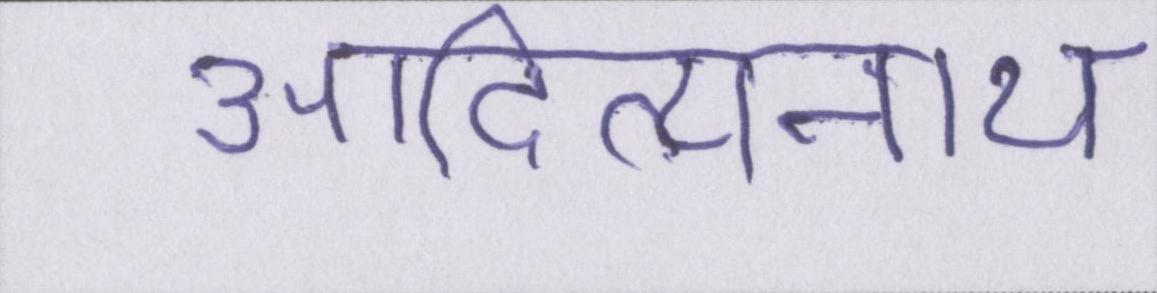
आदित्यनाथ